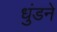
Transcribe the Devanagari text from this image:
धुंडने